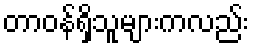
တာဝန်ရှိသူများကလည်း